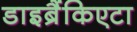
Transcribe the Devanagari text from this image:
डाइब्रैंकिएटा